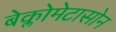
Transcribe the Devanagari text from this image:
बेक्लोमेटासोन